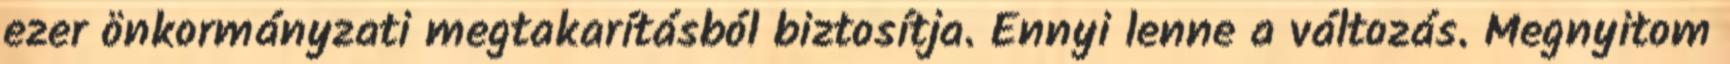
ezer önkormányzati megtakarításból biztosítja. Ennyi lenne a változás. Megnyitom